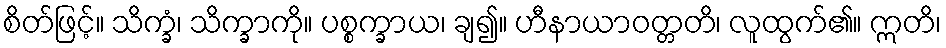
စိတ်ဖြင့်။ သိက္ခံ၊ သိက္ခာကို။ ပစ္စက္ခာယ၊ ချ၍။ ဟီနာယာဝတ္တတိ၊ လူထွက်၏။ ဣတိ၊